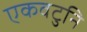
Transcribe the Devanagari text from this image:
एकवटुनि